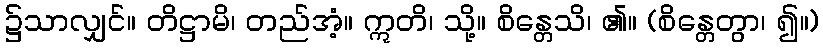
၌သာလျှင်။ တိဋ္ဌာမိ၊ တည်အံ့။ ဣတိ၊ သို့။ စိန္တေသိ၊ ၏။ (စိန္တေတွာ၊ ၍။)